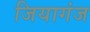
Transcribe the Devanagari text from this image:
जियागंज